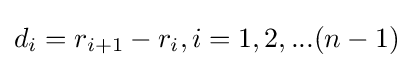
{\begin{aligned}&d_{i}=r_{i+1}-r_{i},i=1,2,...(n-1)\\\end{aligned}}